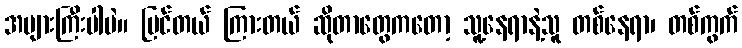
အများကြီးပါပဲ။ မြင်တယ် ကြားတယ် ဆိုတာတွေကတော့ သူ့နေရာနဲ့သူ တစ်နေရာ၊ တစ်ကွက်